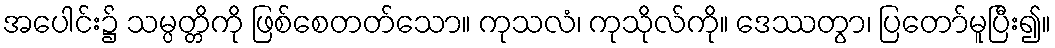
အပေါင်း၌ သမ္ပတ္တိကို ဖြစ်စေတတ်သော။ ကုသလံ၊ ကုသိုလ်ကို။ ဒေဿတွာ၊ ပြတော်မူပြီး၍။